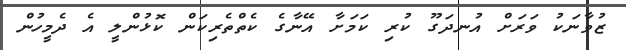
ޒުވާނަކު ވަރަށް އުނދަގޫ ކުރި ކަމަށާ އޭނާގެ ކެތްތެރިކަން ކޮޅުންލީ އެ ދެމީހުން